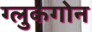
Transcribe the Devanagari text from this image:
ग्लुकगोन